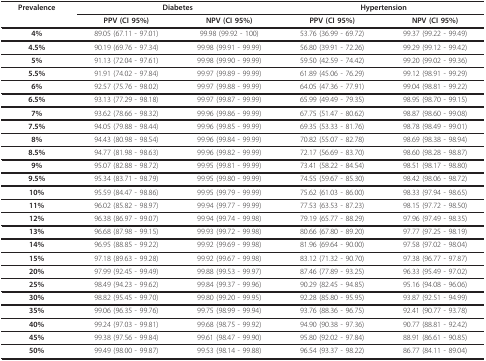
<table><thead><tr><td><b>Prevalence</b></td><td colspan="2"><b>Diabetes</b></td><td colspan="2"><b>Hypertension</b></td></tr><tr><td></td><td><b>PPV (CI 95%)</b></td><td><b>NPV (CI 95%)</b></td><td><b>PPV (CI 95%)</b></td><td><b>NPV (CI 95%)</b></td></tr></thead><tbody><tr><td><b>4%</b></td><td>89.05 (67.11 - 97.01)</td><td>99.98 (99.92 - 100)</td><td>53.76 (36.99 - 69.72)</td><td>99.37 (99.22 - 99.49)</td></tr><tr><td><b>4.5%</b></td><td>90.19 (69.76 - 97.34)</td><td>99.98 (99.91 - 99.99)</td><td>56.80 (39.91 - 72.26)</td><td>99.29 (99.12 - 99.42)</td></tr><tr><td><b>5%</b></td><td>91.13 (72.04 - 97.61)</td><td>99.98 (99.90 - 99.99)</td><td>59.50 (42.59 - 74.42)</td><td>99.20 (99.02 - 99.36)</td></tr><tr><td><b>5.5%</b></td><td>91.91 (74.02 - 97.84)</td><td>99.97 (99.89 - 99.99)</td><td>61.89 (45.06 - 76.29)</td><td>99.12 (98.91 - 99.29)</td></tr><tr><td><b>6%</b></td><td>92.57 (75.76 - 98.02)</td><td>99.97 (99.88 - 99.99)</td><td>64.05 (47.36 - 77.91)</td><td>99.04 (98.81 - 99.22)</td></tr><tr><td><b>6.5%</b></td><td>93.13 (77.29 - 98.18)</td><td>99.97 (99.87 - 99.99)</td><td>65.99 (49.49 - 79.35)</td><td>98.95 (98.70 - 99.15)</td></tr><tr><td><b>7%</b></td><td>93.62 (78.66 - 98.32)</td><td>99.96 (99.86 - 99.99)</td><td>67.75 (51.47 - 80.62)</td><td>98.87 (98.60 - 99.08)</td></tr><tr><td><b>7.5%</b></td><td>94.05 (79.88 - 98.44)</td><td>99.96 (99.85 - 99.99)</td><td>69.35 (53.33 - 81.76)</td><td>98.78 (98.49 - 99.01)</td></tr><tr><td><b>8%</b></td><td>94.43 (80.98 - 98.54)</td><td>99.96 (99.84 - 99.99)</td><td>70.82 (55.07 - 82.78)</td><td>98.69 (98.38 - 98.94)</td></tr><tr><td><b>8.5%</b></td><td>94.77 (81.98 - 98.63)</td><td>99.96 (99.82 - 99.99)</td><td>72.17 (56.69 - 83.70)</td><td>98.60 (98.28 - 98.87)</td></tr><tr><td><b>9%</b></td><td>95.07 (82.88 - 98.72)</td><td>99.95 (99.81 - 99.99)</td><td>73.41 (58.22 - 84.54)</td><td>98.51 (98.17 - 98.80)</td></tr><tr><td><b>9.5%</b></td><td>95.34 (83.71 - 98.79)</td><td>99.95 (99.80 - 99.99)</td><td>74.55 (59.67 - 85.30)</td><td>98.42 (98.06 - 98.72)</td></tr><tr><td><b>10%</b></td><td>95.59 (84.47 - 98.86)</td><td>99.95 (99.79 - 99.99)</td><td>75.62 (61.03 - 86.00)</td><td>98.33 (97.94 - 98.65)</td></tr><tr><td><b>11%</b></td><td>96.02 (85.82 - 98.97)</td><td>99.94 (99.77 - 99.99)</td><td>77.53 (63.53 - 87.23)</td><td>98.15 (97.72 - 98.50)</td></tr><tr><td><b>12%</b></td><td>96.38 (86.97 - 99.07)</td><td>99.94 (99.74 - 99.98)</td><td>79.19 (65.77 - 88.29)</td><td>97.96 (97.49 - 98.35)</td></tr><tr><td><b>13%</b></td><td>96.68 (87.98 - 99.15)</td><td>99.93 (99.72 - 99.98)</td><td>80.66 (67.80 - 89.20)</td><td>97.77 (97.25 - 98.19)</td></tr><tr><td><b>14%</b></td><td>96.95 (88.85 - 99.22)</td><td>99.92 (99.69 - 99.98)</td><td>81.96 (69.64 - 90.00)</td><td>97.58 (97.02 - 98.04)</td></tr><tr><td><b>15%</b></td><td>97.18 (89.63 - 99.28)</td><td>99.92 (99.67 - 99.98)</td><td>83.12 (71.32 - 90.70)</td><td>97.38 (96.77 - 97.87)</td></tr><tr><td><b>20%</b></td><td>97.99 (92.45 - 99.49)</td><td>99.88 (99.53 - 99.97)</td><td>87.46 (77.89 - 93.25)</td><td>96.33 (95.49 - 97.02)</td></tr><tr><td><b>25%</b></td><td>98.49 (94.23 - 99.62)</td><td>99.84 (99.37 - 99.96)</td><td>90.29 (82.45 - 94.85)</td><td>95.16 (94.08 - 96.06)</td></tr><tr><td><b>30%</b></td><td>98.82 (95.45 - 99.70)</td><td>99.80 (99.20 - 99.95)</td><td>92.28 (85.80 - 95.95)</td><td>93.87 (92.51 - 94.99)</td></tr><tr><td><b>35%</b></td><td>99.06 (96.35 - 99.76)</td><td>99.75 (98.99 - 99.94)</td><td>93.76 (88.36 - 96.75)</td><td>92.41 (90.77 - 93.78)</td></tr><tr><td><b>40%</b></td><td>99.24 (97.03 - 99.81)</td><td>99.68 (98.75 - 99.92)</td><td>94.90 (90.38 - 97.36)</td><td>90.77 (88.81 - 92.42)</td></tr><tr><td><b>45%</b></td><td>99.38 (97.56 - 99.84)</td><td>99.61 (98.47 - 99.90)</td><td>95.80 (92.02 - 97.84)</td><td>88.91 (86.61 - 90.85)</td></tr><tr><td><b>50%</b></td><td>99.49 (98.00 - 99.87)</td><td>99.53 (98.14 - 99.88)</td><td>96.54 (93.37 - 98.22)</td><td>86.77 (84.11 - 89.04)</td></tr></tbody></table>